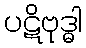
ပဋိဗုဒ္ဓါ